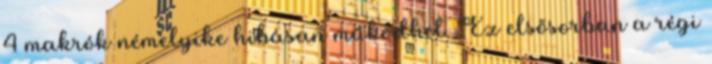
4 makrók némelyike hibásan működhet. Ez elsősorban a régi